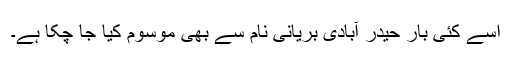
اسے کئی بار حیدر آبادی بریانی نام سے بھی موسوم کیا جا چکا ہے۔